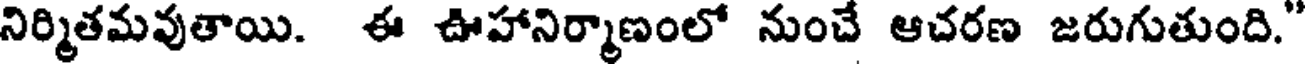
నిర్మితమవుతాయి. ఈ ఊహానిర్మాణంలో నుంచే ఆచరణ జరుగుతుంది."